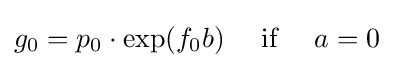
g_{0}=p_{0}\cdot \exp(f_{0}b)\quad {\text{ if }}\quad a=0